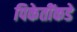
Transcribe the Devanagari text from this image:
पिकेतींकडे